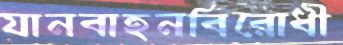
যানবাহনবিরোধী